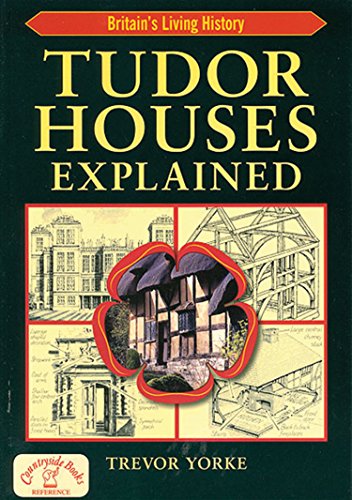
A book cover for Tudor Houses Explained (Britain's Living History); Trevor Yorke; Sports & Outdoors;